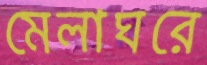
মেলাঘরে